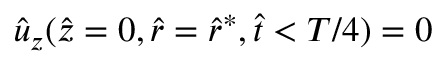
\hat { u } _ { z } ( \hat { z } = 0 , \hat { r } = \hat { r } ^ { * } , \hat { t } < T / 4 ) = 0